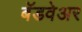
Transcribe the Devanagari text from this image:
बॅडवेअर